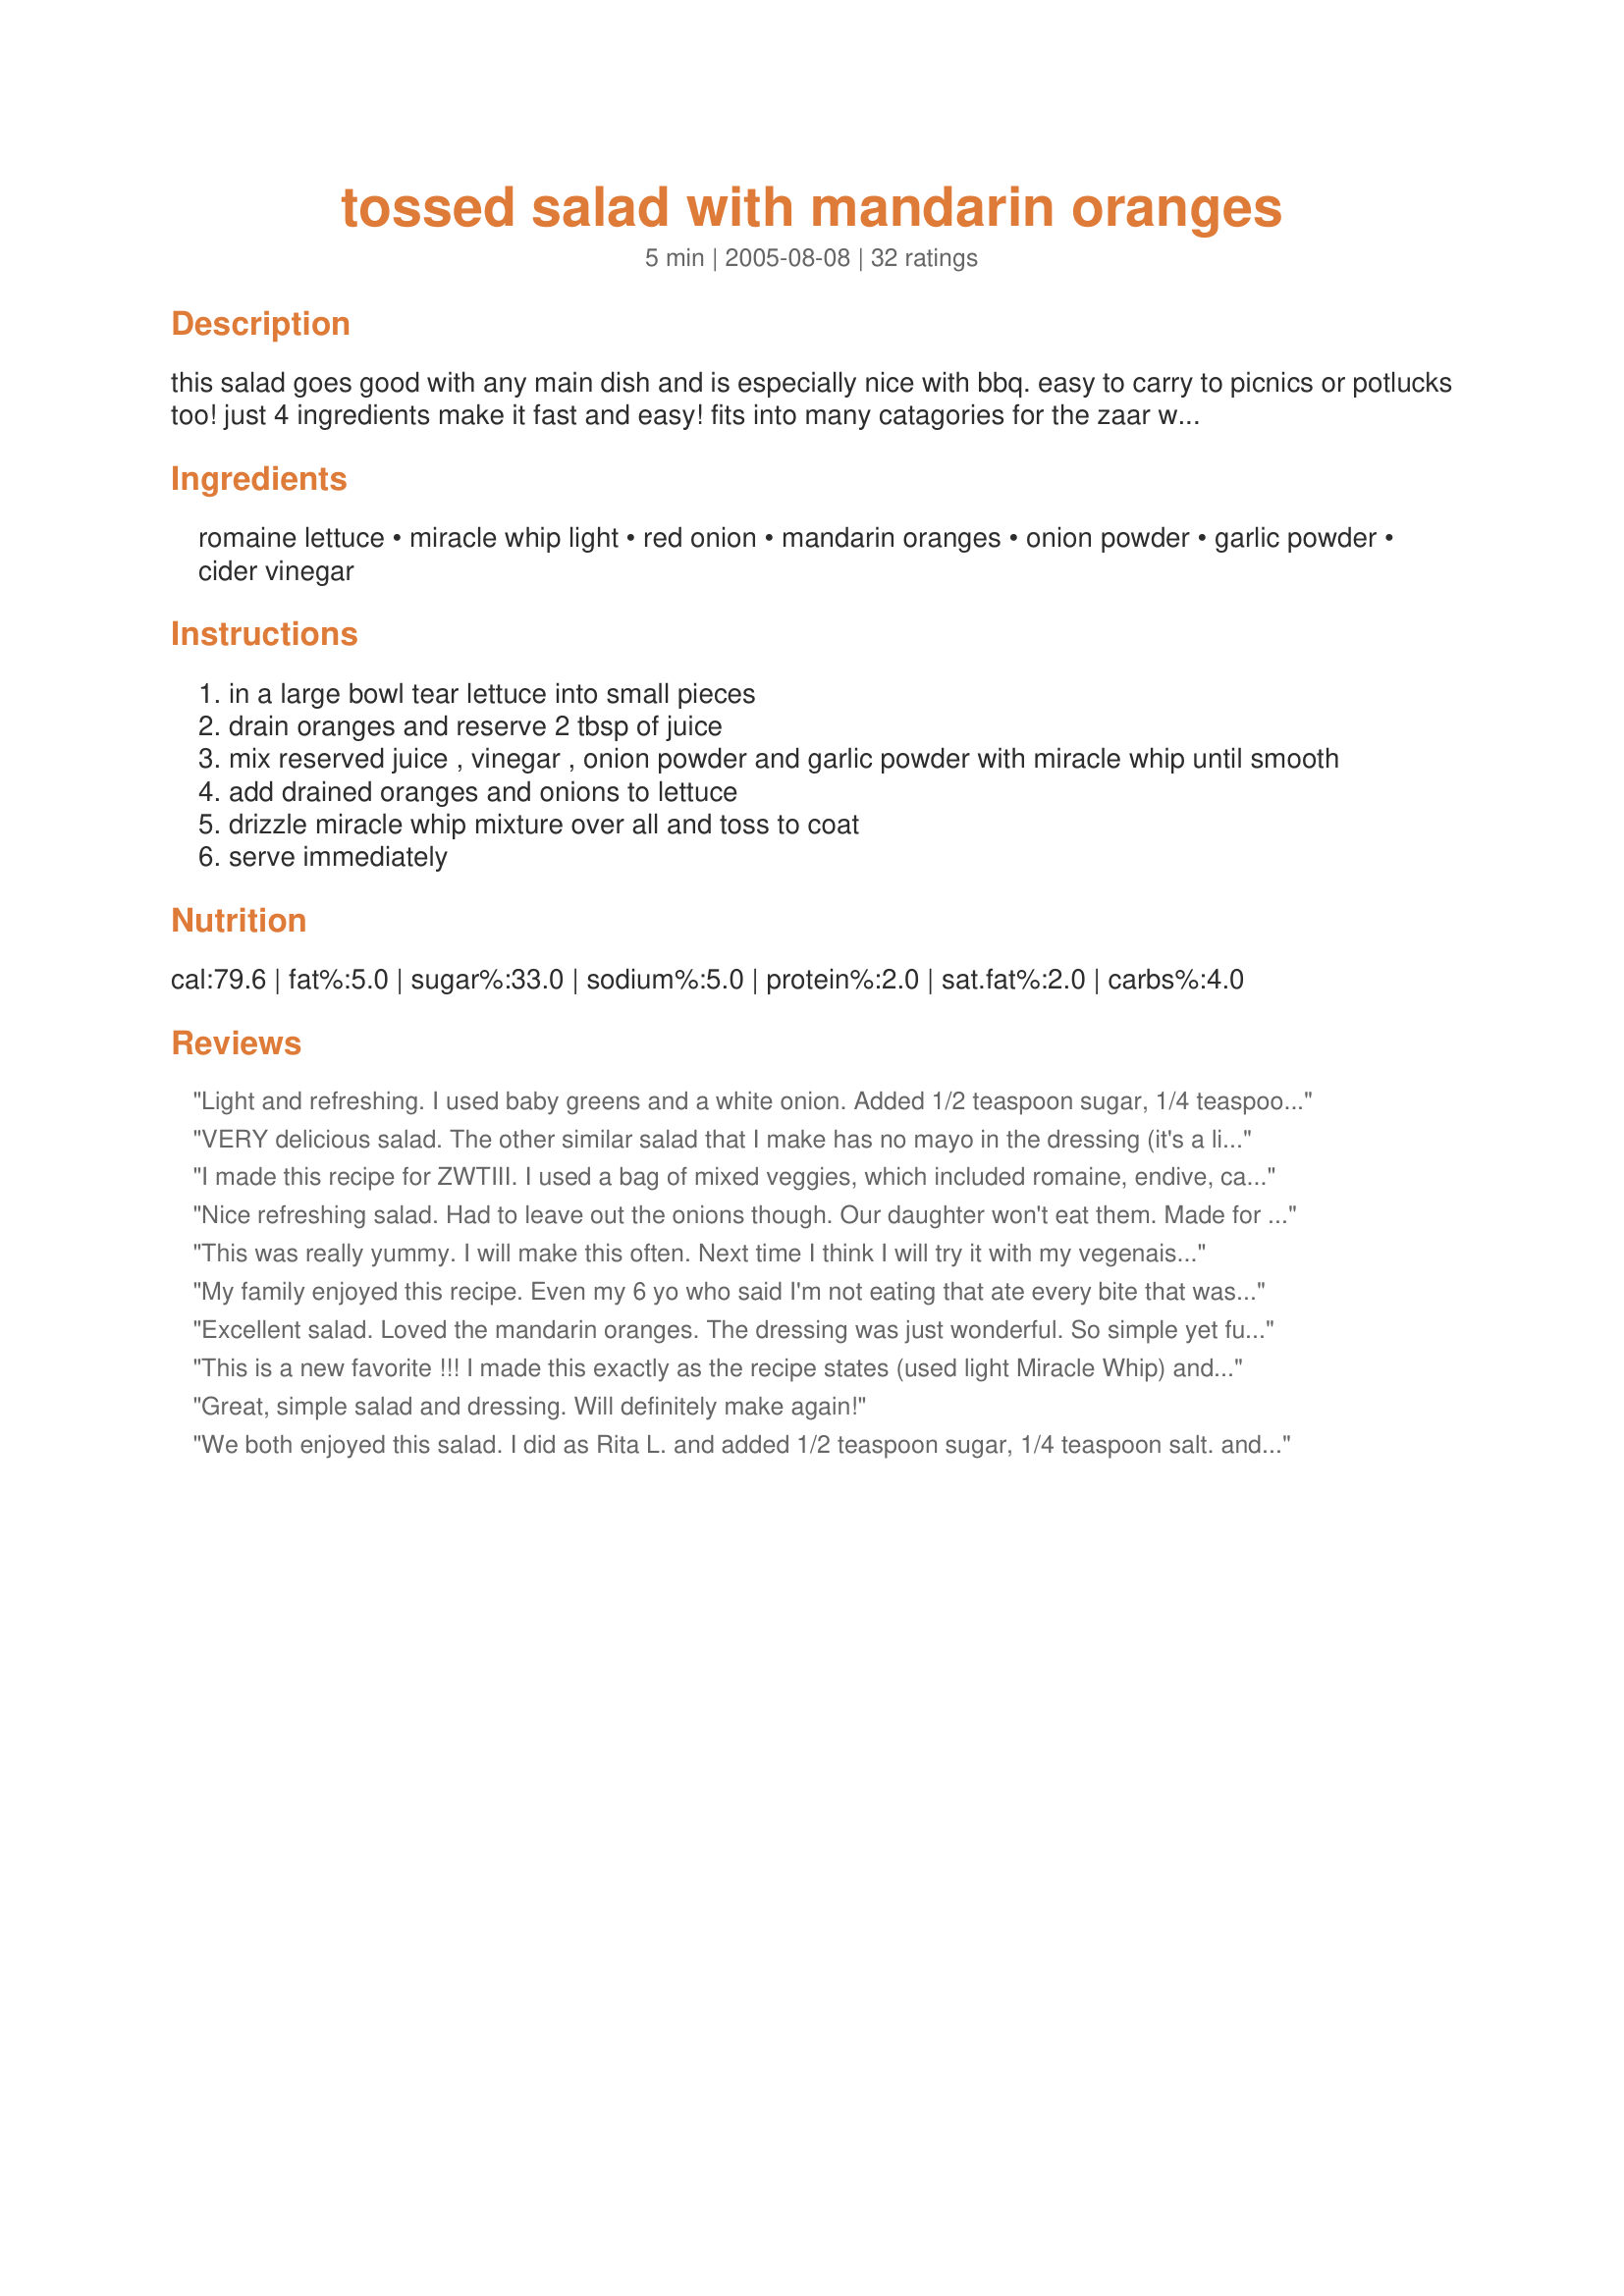
tossed salad with mandarin oranges
Preparation time: 5 minutes

this salad goes good with any main dish and is especially nice with bbq. easy to carry to picnics or potlucks too! just 4 ingredients make it fast and easy! fits into many catagories for the zaar world tour especially sw.taken from a louisiana cajun french church anniversary cookbook.

Ingredients:
romaine lettuce, miracle whip light, red onion, mandarin oranges, onion powder, garlic powder, cider vinegar

Steps:
in a large bowl tear lettuce into small pieces
drain oranges and reserve 2 tbsp of juice
mix reserved juice , vinegar , onion powder and garlic powder with miracle whip until smooth
add drained oranges and onions to lettuce
drizzle miracle whip mixture over all and toss to coat
serve immediately

Reviews:
Light and refreshing. I used baby greens and a white onion. Added 1/2 teaspoon sugar, 1/4 teaspoon salt. and fresh cracked pepper to the mayo. The dressing was this but went far.
VERY delicious salad. The other similar salad that I make has no mayo in the dressing (it's a little more Asian, w/o the mayo), and this recipe has a nice, creamy difference. It's a great salad for making little changes, depending on what you have at hand. I reduced the recipe to serve two, used iceberg & baby spinach, and used one NAVEL ORANGE, plus its juice instead of opening a can of mandarin oranges. I liked the tartness of the fresh orange. I used mayo only (and not Miracle Whip) in the dressing. I put in some raisins, added 2 crisp slices of bacon, crumbled, and a few croutons. And, next time, it could be, that I'll make it a bit differently, but I DID love it this way!
I made this recipe for ZWTIII. I used a bag of mixed veggies, which included romaine, endive, carrots and radishes. The flavors of the dressing blended beautifully and really complimented the salad. Thanks for sharing the recipe!
Nice refreshing salad. Had to leave out the onions though. Our daughter won't eat them. Made for ZWT 3. :)
This was really yummy. I will make this often. Next time I think I will try it with my vegenaise. Made for zwt 07
My family enjoyed this recipe. Even my 6 yo who said I'm not eating that ate every bite that was put on her plate (our rule is you have to try it - she did that and a lot more!). I cut the recipe in half since there are only 3 of us and it came out great - thanks mama!
Excellent salad. Loved the mandarin oranges. The dressing was just wonderful. So simple yet full of flavor. I'll make this one again. Thanks Hope Made for PAC Fall 09 :)
This is a new favorite !!! I made this exactly as the recipe states (used light Miracle Whip) and it was PERFECT !! I would NOT change a thing ! This is GOOD !!!! A very refreshing , colorful , slightly sweet salad . Thanks for sharing this great recipe !!
Great, simple salad and dressing. Will definitely make again!
We both enjoyed this salad. I did as Rita L. and added 1/2 teaspoon sugar, 1/4 teaspoon salt. and fresh cracked pepper to the mayo.
This is a quick and delicious salad. It was easily made with things I had on hand. The dressing is light and makes for a pleasing flavor combination. This recipe is easily scaled to smaller servings. Made for ZWTIII.
This was awesome! I used field greens instead of romaine and added 1/2 cup of toasted slivered almonds. I brought it to a bridal shower I attended and the guests who ate it gave very favorable reviews.
Great Salad!!! So easy with so few ingredients but really wonderful! I added cracked pepper and some fresh thyme to the dressing (and chose mayo over miracle whip). I used red leaf lettuce and spun it in the salad spinner.. so crisp and sooo good! Thanks Hope!
This was outstanding. I used a clove of garlic and 1/8 cup of grated red onion instead of the garlic and onion powders. Also added a small handful (1/8 c.) of craisins and 1/4, slivered almonds. Wow!

Also, used leftover dressing for a chicken/romaine salad - it was terrific. Thanks Mama!
Great quick and simple salad to get together. I subbed green onion for the red as it is what I had on hand, otherwise, followed as written. Then to my serving I added a little salt and pepper. Thanks for sharing a great salad recipe. Made for bevy tag.
Great Recipe! Everthing is available in my pantry and the taste is sweet and sour and tangy. Thanks for posting!
My DH loved this for lunch!, not only is it a pretty salad it is delicious, I used navel oranges in place of mandarin, and used mayo, just delicious! thanks Mama!...Kitten:)
Yum! A great fresh tasting salad with a delish dressing. You can't go wrong with this salad!! Thanks for the recipe!
I loved this salad, made it yesterday and it was GREAT. I love mandarin oranges in salad. I have made one very close to this one in the past but this is better than mine. May just as written for PAC, Fall 2006
Very nice mandarin orange salad. Loved how all the flavors came together. It was also quick and easy. Thanks for posting this lovely salad.
I made this salad as an appetizer for my Grandmother's (Ma) birthday dinner and she loved the dressing more than the salad!! I used Bagged Romaine & Fresh Red Leaf Lettuce (per ncmysteryshopper's review because the picture looked so darn gorgeous!!), a couple slivers of Red Onion, Mandarin Oranges and added one slice of Roma tomato cut in half. I also used regular Miracle Whip instead of mayo, and the dressing was really tasty & zingy!! Thanks Mama Kit!!
I omitted the onion but next time I'll try it with green onion. I used mayonnaise. This was really good. Thanks Hope. Made for Beverage tag.
This salad was pretty tasty. I used miracle whip light. I would maybe just add more mandarin syrup or some sugar to make the dressing sweeter if I make again.
I served this to a group. We liked it but you had to eat it fast because it did wilt rather easy. Flavor was good. Try it and see what you think-it is worth trying!
Nice and easy salad.I used fresh crushed garlic and some roasted almond slivers; lovely.
I made this for the WY3.
Thanks for posting.
Rita
I made this for ZWT III and took it to a cookout. I follwed the recipe exactly which was very easy to make, traveled well and tasted good. I made another recipe that was similar to this, but the other recipe had sliced fresh mushrooms, glazed slivered almonds and a poppy seed dressing. I like both salads, but I think I prefer the one with the poppy seed dressing a little better. Overall, this is a very good salad and I will make it again. Thanks, mama's kitchen.
This is very nice! I like the mandarin oranges in a salad - easy & festive. I used mixed greens from my garden & vidilia onions, both worked out nicely.
Wow! This was wonderful. I really enjoyed this easy to make salad, the flavours and textures were great. I made this recipe as stated. I love the combination of juicy mandarin oranges, sweet red onions and crisp lettuce, with a simple sweet and tangy dressing. Thanks for sharing mama's kitchen.
Great , yet simple, salad. I liked the dressing, too.
Nice, light and tasty. Thanks.
We just had this for lunch and it was EXCELLENT! The dressing is a nice change from vinegar and oil! Thanks for sharing
So, so, so good! Mmm Mmm Mmm!
